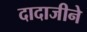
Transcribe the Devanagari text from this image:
दादाजीने